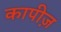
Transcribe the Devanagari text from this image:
कापीज़